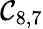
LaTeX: \mathcal{C}_{8,7}